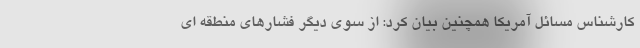
کارشناس مسائل آمریکا همچنین بیان کرد: از سوی دیگر فشارهای منطقه ای